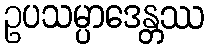
ဥပသမ္ပာဒေန္တဿ